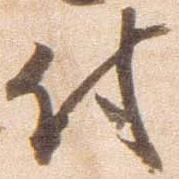
付